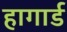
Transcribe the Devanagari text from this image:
हागार्ड